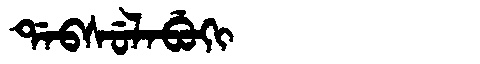
Manchu: ᡩᠠᠪᠰᡠᠯᠠᠪᡠᡴᡳ
Romanization: DABSULABUKI